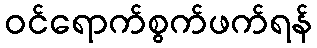
ဝင်ရောက်စွက်ဖက်ရန်